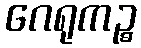
ဂေရုကဉ္စ